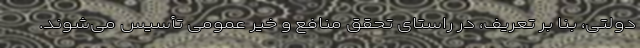
دولتی، بنا بر تعریف، در راستای تحقق منافع و خیر عمومی تأسیس می‌شوند.